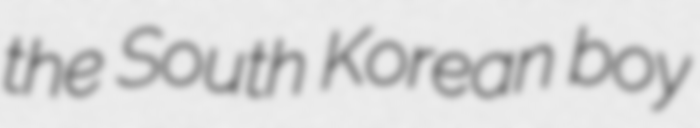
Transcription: the South Korean boy